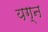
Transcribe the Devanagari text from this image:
यग्न